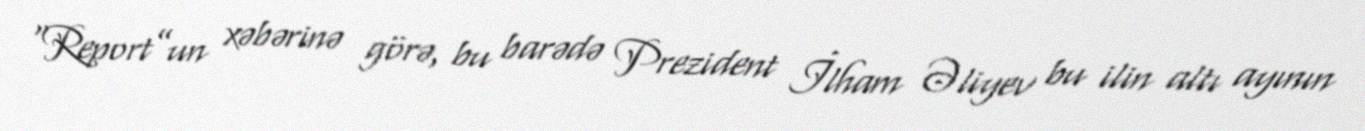
“Report”un xəbərinə görə, bu barədə Prezident İlham Əliyev bu ilin altı ayının